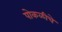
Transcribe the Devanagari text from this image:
पोकळीचे